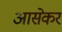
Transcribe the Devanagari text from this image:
आसेकर